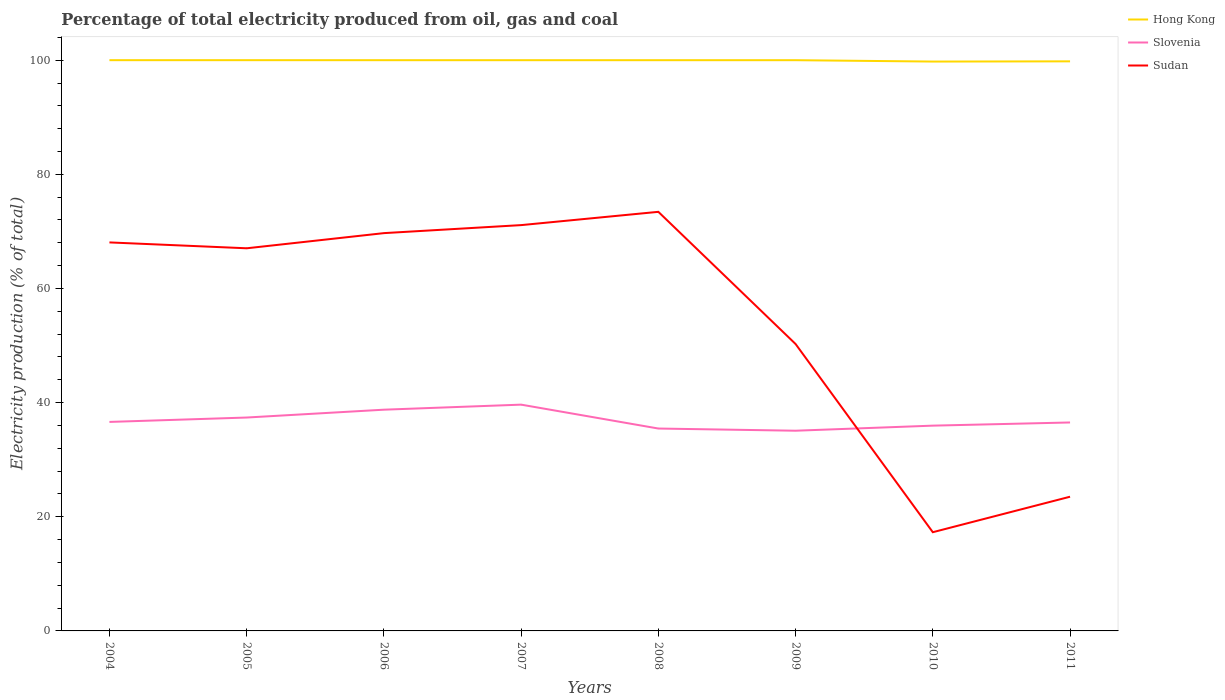
| Years | Hong Kong | Slovenia | Sudan |
 | --- | --- | --- | --- |
 | 2004 | 100 | 36.6 | 68.1 |
 | 2005 | 100 | 37.4 | 67 |
 | 2006 | 100 | 38.8 | 69.7 |
 | 2007 | 100 | 39.6 | 71.1 |
 | 2008 | 100 | 35.5 | 73.4 |
 | 2009 | 100 | 35.1 | 50.3 |
 | 2010 | 99.8 | 36 | 17.3 |
 | 2011 | 99.8 | 36.5 | 23.5 |